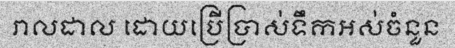
រាលដាល ដោយប្រើប្រាស់ទឹកអស់ចំនួន